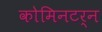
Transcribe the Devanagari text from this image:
कोमिनटर्न